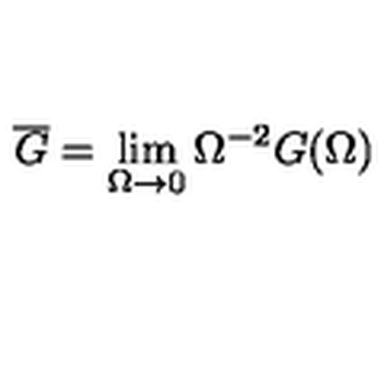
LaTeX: \overline { G } = \lim _ { \Omega \to 0 } \Omega ^ { - 2 } G ( \Omega )